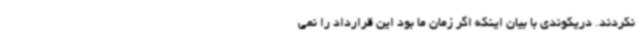
نکردند. دریکوندی با بیان اینکه اگر زمان ما بود این قرارداد را نمی